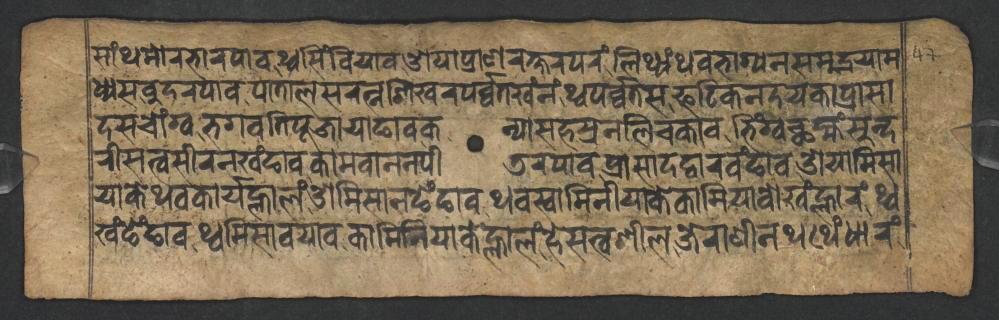
𑐳𑐵𑑄𑐠𑐩𑑀𑐬𑐨𑐵𑐬𑐥𑐵𑐰𑐠𑑂𑐰𑐳𑐶𑑄𑐧𑐶𑐫𑐵𑐰𑐌𑐫𑐵𑐥𑑂𑐬𑐵𑐞𑐬𑐎𑑂𑐲𑐬𑐥𑐬𑑄𑐮𑐶𑐠𑑂𑐫𑑄𑐠𑐰𑐨𑐵𑐐𑑂𑐫𑐣𑐳𑐩𑐸𑐡𑑂𑐬𑐫𑐵𑐩 𑐢𑑂𑐫𑐳𑐧𑐸𑐡𑐬𑐥𑐵𑐰𑐥𑐵𑐟𑐵𑐮𑐳𑐬𑐟𑑂𑐣𑐱𑐶𑐏𑐬𑐥𑐬𑑂𑐰𑑂𑐰𑐟𑐏𑑄𑐣𑑄𑐠𑑂𑐰𑐥𑐬𑑂𑐰𑑂𑐰𑐟𑐳𑐦𑐚𑐶𑐎𑐣𑐡𑐫𑐎𑐵𑐥𑑂𑐬𑐵𑐳𑐵 𑐡𑐳𑐔𑑀𑑄𑐐𑑂𑐰𑐨𑐐𑐰𑐟𑐶𑐥𑐹𑐖𑐵𑐫𑐵𑐒𑐵𑐰𑐎𑐣𑑂𑐫𑐵𑐳𑐴𑐳𑑂𑐬𑐣𑐮𑐶𑐔𑐎𑐵𑐰𑐨𑐶𑑄𑐐𑑂𑐰𑐕𑐩𑑂𑐴𑑄𑐳𑐸𑐣𑑂𑐡 𑐬𑐷𑐳𑐟𑑂𑐰𑐳𑐷𑐬𑐣𑐏𑑄𑐒𑐵𑐰𑐎𑐵𑐩𑐧𑐵𑐣𑐣𑐥𑐷𑐜𑐬𑐥𑐵𑐰𑐥𑑂𑐬𑐵𑐳𑐵𑐡𑐡𑑂𑐰𑐵𑐬𑐰𑑄𑐒𑐵𑐰𑐌𑐫𑐵𑐩𑐶𑐳𑐵 𑐫𑐵𑐎𑐾𑐠𑐰𑐎𑐵𑐬𑑂𑐫𑐮𑑂𑐴𑐵𑐮𑑄𑐠𑑂𑐰𑐏𑑄𑐒𑐾𑑄𑐒𑐵𑐰𑐠𑐰𑐳𑑂𑐰𑐵𑐩𑐶𑐣𑐷𑐫𑐵𑐎𑐾𑐎𑐵𑐩𑐶𑐫𑐵𑐰𑑀𑐏𑑄𑐮𑑂𑐴𑐵𑐬𑑄𑐠𑑂𑐰 𑐏𑑄𑐒𑑄𑐒𑐵𑐰𑐩𑐶𑐳𑐵𑐰𑐫𑐵𑐰𑐎𑐵𑐩𑐶𑐣𑐶𑐫𑐵𑐎𑐾𑐮𑑂𑐴𑐵𑐬𑑄𑐴𑐾𑐳𑐟𑑂𑐰𑐱𑐷𑐮𑐖𑐾𑐬𑐵𑐞𑐷𑐣𑐠𑐠𑐾𑑄𑐢𑐵𑐬𑑄